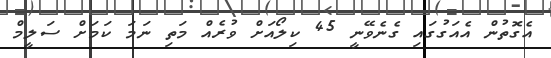
އެގޮތުން އެއަގުގައި ގެނެވޭނީ 45 ކިލޯއަށް ވުރެއް މަތި ނަމަ ކަމަށް ސަލީމް